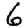
Digit: 6